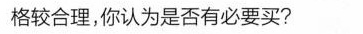
格较合理，你认为是否有必要买?